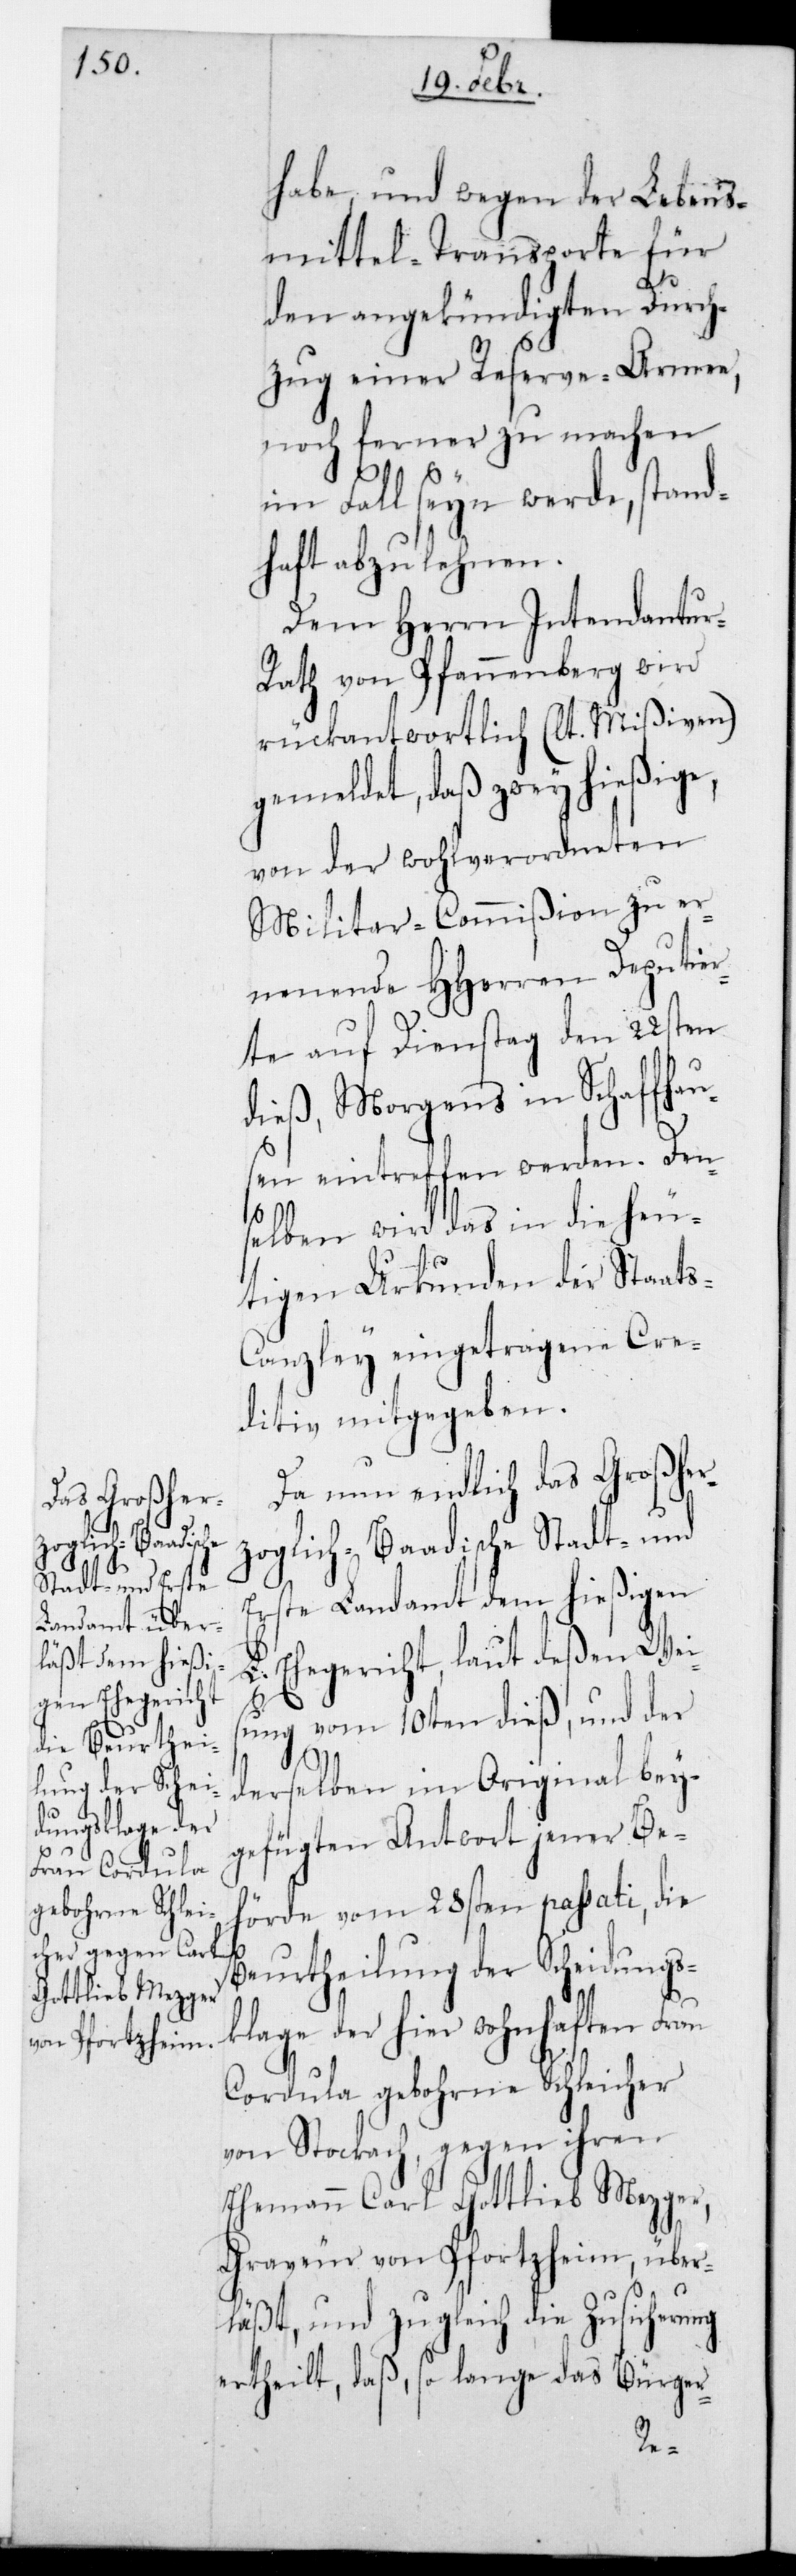
habe, und wegen der Lebens¬
mittel-Transporte für
den angekündigten Durch¬
zug einer Reserve-Armee,
noch ferner zu machen
im Fall sein werde, stand¬
haft abzulehnen.
Dem Herrn Intendantu¬
ath von Pfannenberg wird
rückantwortlich (lt. Mißiven)
gemeldtet, daß zwey hießige ,
von der wohlverordneten
Militar-Commißion zu er¬
nennende HHerren Deputie¬
rte auf Dienstag den 22sten
dieß, Morgens in Schaffhau¬
sen eintreffen werden. Den¬
selben wird das in die heu¬
tigen Urkunden der Staat¬
s-Canzley eingetragene Cre¬
ditiv mitgegeben.
Da nun endlich das Großher¬
zoglich-Baadische Stadt- und
Erste Landamt dem hießigen
L. Ehegericht, laut deßen Weis¬
ung vom 10ten dieß, und der
derselben im Original bey¬
gefügten Antwort jener Be¬
hörde vom 28sten passati, die
Beurtheilung der Scheidungs¬
klage der hier wohnhaften Frau
Cordula gebohrne Schleicher
von Stockach, gegen ihren
Ehemann Carl Gottlieb Mezger,
Graveur von Pfortzheim, über¬
läßt, und zugleich die Zusicherung
ertheilt, daß so lange das Bürger-
r-R¬